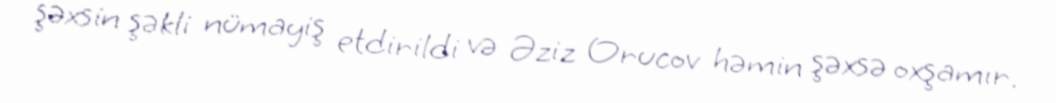
şəxsin şəkli nümayiş etdirildi və Əziz Orucov həmin şəxsə oxşamır.